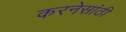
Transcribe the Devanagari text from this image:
करनेसांठी